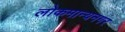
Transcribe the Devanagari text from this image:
लोकमान्यनगर